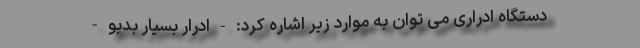
دستگاه ادراری می توان به موارد زیر اشاره کرد: - ادرار بسیار بدبو -